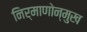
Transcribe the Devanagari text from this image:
निर्माणोन्मुख